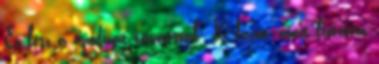
Ez lesz a cipődivat tavasszal: 10 fazon, amit biztosan